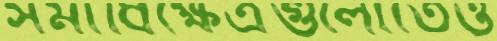
সমাধিক্ষেত্রগুলোতেও